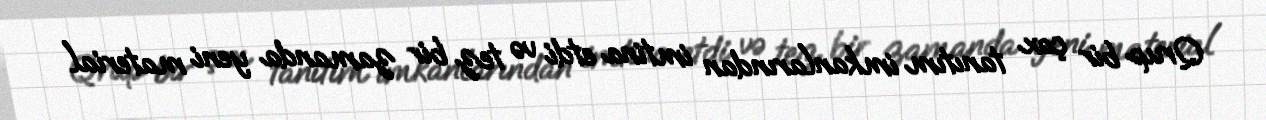
Qrup bir çox tanıtım imkanlarından imtina etdi və tez bir zamanda yeni material